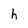
Character: h